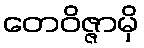
တေဝိဇ္ဇာမှိ